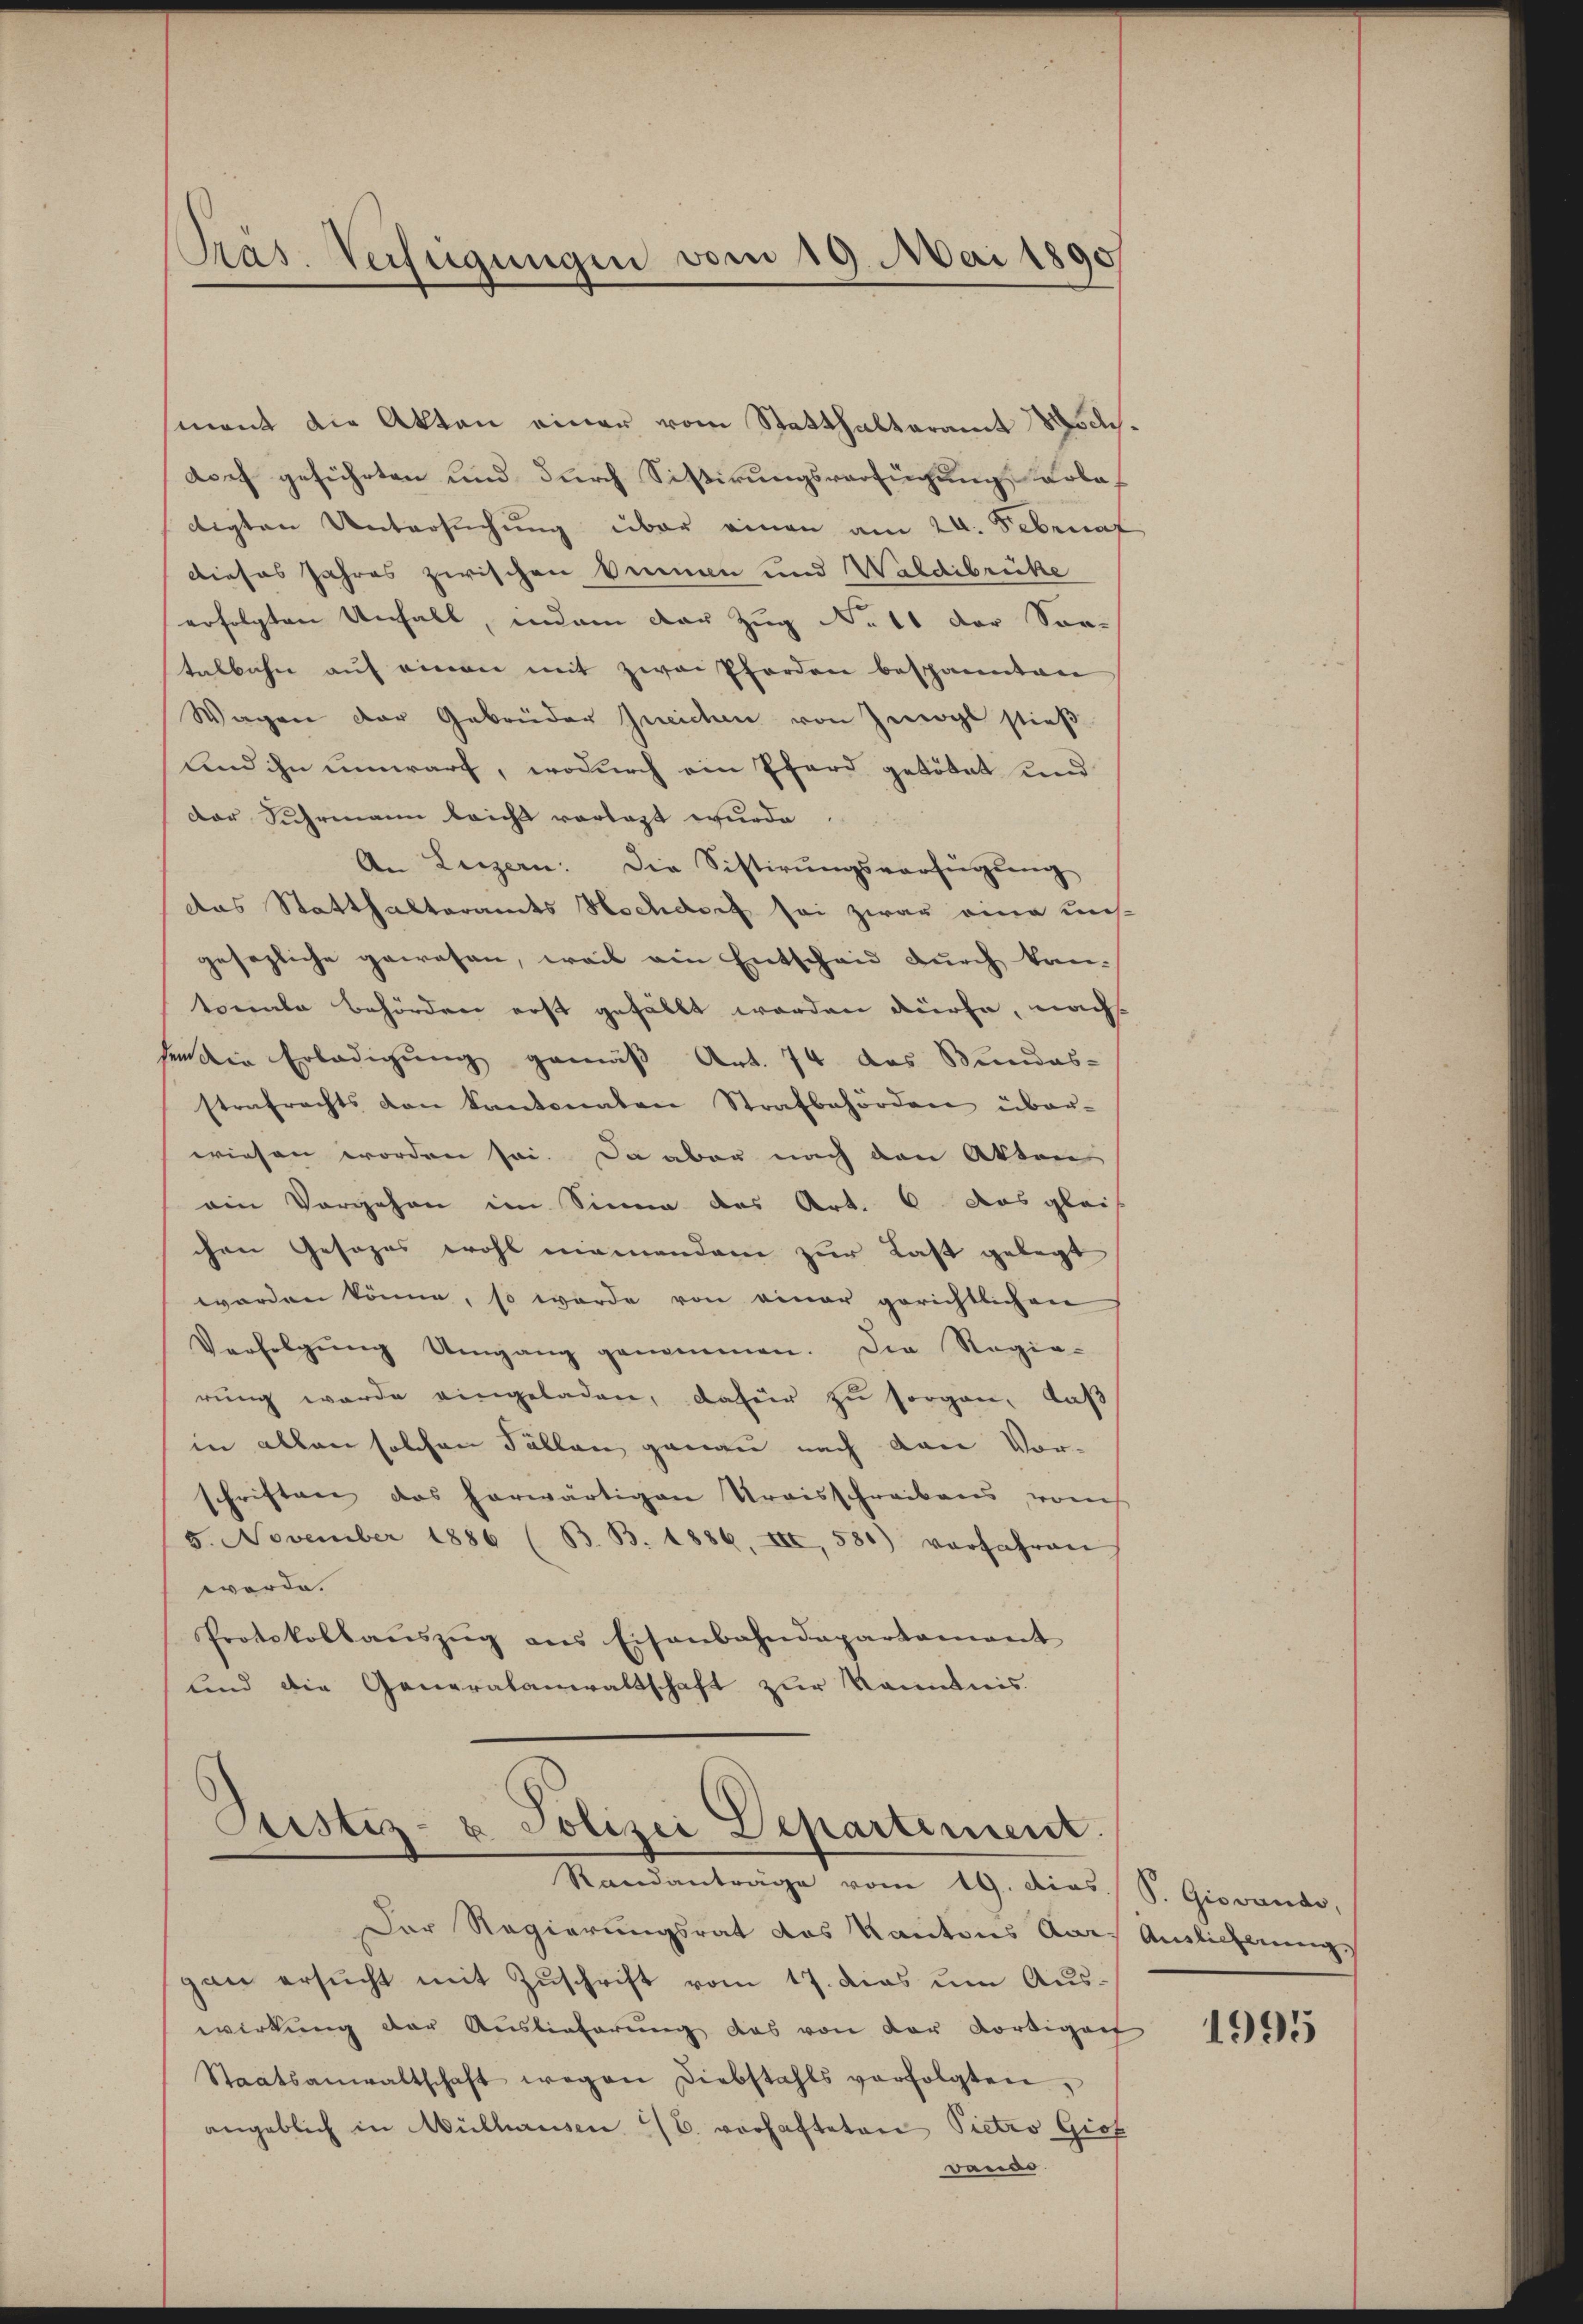
Pras. Verfügungen vom 19. Mai 1890

ment die Akten einer vom Statthalteramt Hochdorf geführten und durch Sistirungsverfügung Kolodigten Untersŭchŭng über einen am 24. Februaf
dieses Jahres zwischen Bennen und Waldibrücke
erfolgten Unfall, indem der Zug No 11 der Sor-
talbahn auf einen mit zwai Pferden bespannten
Wagen der Gebrüder Ineichen von Zwogl stieß
und ihn umwarf, wodurch ein Pferd getötet und
der Suhrmann leicht vorlegt wurde.
An Luzern: Die Sistirŭngsverfügŭng
das Statthalterandes Hochdorf sei zwar eine uns
gesezliche gewesen, weil ein Entscheid durch kan-
konnte Behörden erst gefällt worden dürfe, nachs
hen die Erledigung gemäß Art. 74 das Bundes-
strafrechts von Kantonalen Strafbehörden über-
wiesen worden sei. Da aber nach den Akten
ain Vorgehen im Sinne des Art. 6 das gleit
chen Gesages wohl niemandam zur Last gelegt
worden könne, so werde von einer gerichtlichen
Verfolgŭng Umgang genommen. Die Regie-
rung wurde eingeladen, dafür zu sorgen, daß
in allen solchen Fällen genau nach von Vor-
schriften das herwärtigen Kraisschreibens vom
5. November 1886 (B. B. 1886, III, 580) vorfahren
werde.
Protokollaŭszŭg ans Eisenbahndepartament
lind die Generalanwaltschaft zur Kenntnis

Custiz- u Polizei Departement.
Standanträge vom 19. dies. S. Giovande,

Der Regierungsrat das Kantons Carl Auslicherung,
gan ersucht mit Zuschrift vom 17. dies um Auswirkung der Auslieferung das von der Fortiger
Staatsanwaltschaft wegen Diebstahls verfolgten,
angeblich in Mülhausen C. vorhafteten Pietro Giof
vaudo

1995